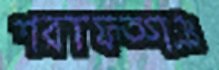
শরাফত্গঞ